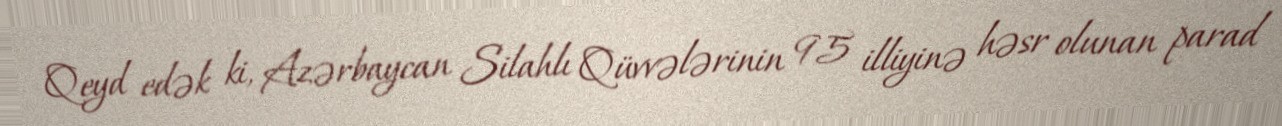
Qeyd edək ki, Azərbaycan Silahlı Qüvvələrinin 95 illiyinə həsr olunan parad